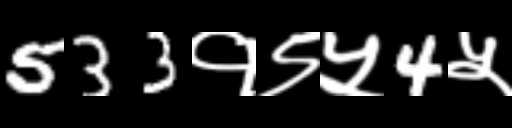
Text: 533१९५4५